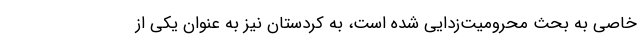
خاصی به بحث محرومیت‌زدایی شده است، به کردستان نیز به عنوان یکی از